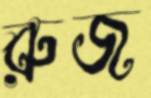
রুজ